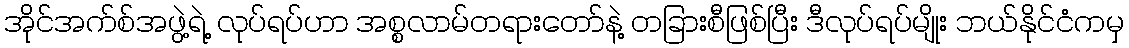
အိုင်အက်စ်အဖွဲ့ရဲ့ လုပ်ရပ်ဟာ အစ္စလာမ်တရားတော်နဲ့ တခြားစီဖြစ်ပြီး ဒီလုပ်ရပ်မျိုး ဘယ်နိုင်ငံကမှ